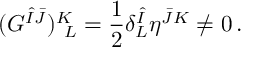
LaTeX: ( G ^ { \hat { I } \bar { J } } ) _ { ~ L } ^ { K } = { \frac { 1 } { 2 } } \delta _ { L } ^ { \hat { I } } \eta ^ { \bar { J } K } \neq 0 \, .